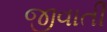
જીવાતી